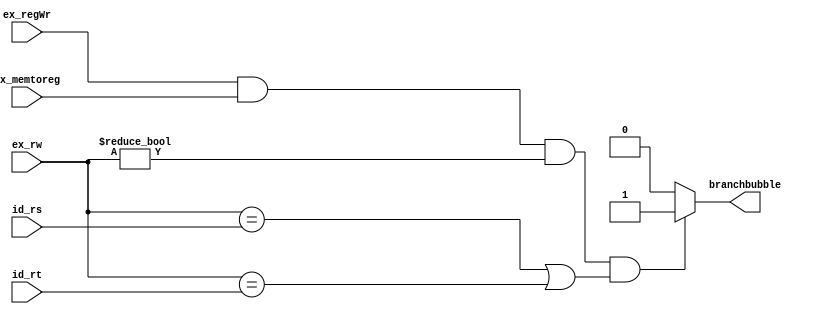
module branchbubble(id_rs,id_rt,ex_regWr,ex_rw,ex_memtoreg,branchbubble);

input wire[4:0] id_rs,id_rt,ex_rw;
input wire ex_regWr,ex_memtoreg;
output reg branchbubble;

initial begin
	branchbubble = 0;
end

always@(*) begin
	if((ex_regWr==1&&ex_memtoreg==1)&&(ex_rw!=0)&&(ex_rw==id_rs||ex_rw==id_rt)) begin
		branchbubble = 1;
	end
	else begin
		branchbubble = 0;
	end

end

endmodule